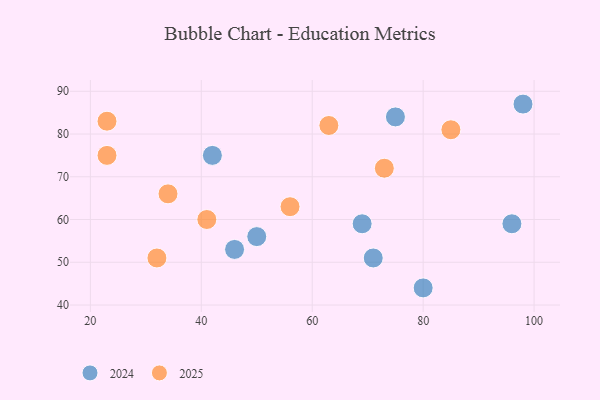
{"axis": {"x": "GDP", "y": "Life Expectancy"}, "legend": ["2024", "2025"], "data": [{"x": "23", "y": 75, "type": "2025"}, {"x": "85", "y": 81, "type": "2025"}, {"x": "63", "y": 82, "type": "2025"}, {"x": "32", "y": 51, "type": "2025"}, {"x": "41", "y": 60, "type": "2025"}, {"x": "56", "y": 63, "type": "2025"}, {"x": "73", "y": 72, "type": "2025"}, {"x": "34", "y": 66, "type": "2025"}, {"x": "23", "y": 83, "type": "2025"}, {"x": "46", "y": 53, "type": "2024"}, {"x": "96", "y": 59, "type": "2024"}, {"x": "50", "y": 56, "type": "2024"}, {"x": "71", "y": 51, "type": "2024"}, {"x": "69", "y": 59, "type": "2024"}, {"x": "80", "y": 44, "type": "2024"}, {"x": "98", "y": 87, "type": "2024"}, {"x": "75", "y": 84, "type": "2024"}, {"x": "42", "y": 75, "type": "2024"}]}